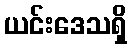
ယင်းဒေသရှိ